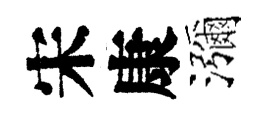
宋康瀰